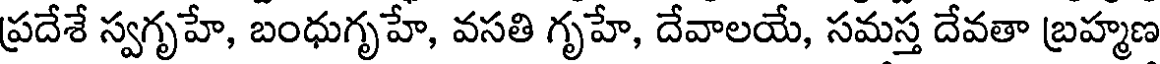
ప్రదేశే స్వగృహే, బంధుగృహే, వసతి గృహే, దేవాలయే, సమస్త దేవతా బ్రహ్మణ